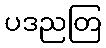
ပဒညတြ